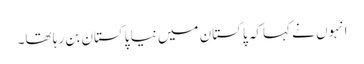
انہوں نے کہاکہ پاکستان میں نیا پاکستان بن رہا تھا۔